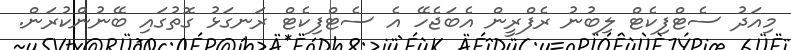
މިއަދު ސެޓްފިކެޓް ލިބުނު ރެފްރީން އެބަޖެހޭ އެ ސެޓްފިކެޓް ރަނގަޅު ގޮތުގައި ބޭނުންކުރަން.